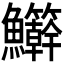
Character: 𬵾